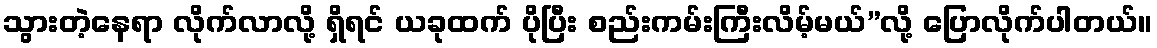
သွားတဲ့နေရာ လိုက်လာလို့ ရှိရင် ယခုထက် ပိုပြီး စည်းကမ်းကြီးလိမ့်မယ်”လို့ ပြောလိုက်ပါတယ်။